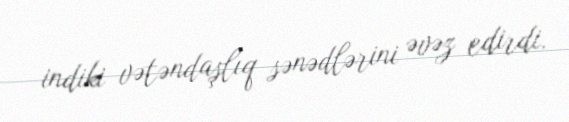
indiki vətəndaşlıq sənədlərini əvəz edirdi.